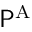
{ \mathsf { P } } ^ { \mathrm { { A } } }